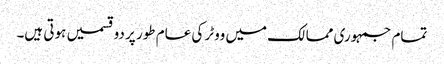
تمام جمہوری ممالک میں ووٹر کی عام طور پر دو قسمیں ہوتی ہیں۔